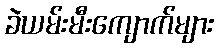
ခဲယမ်းမီးကျောက်များ